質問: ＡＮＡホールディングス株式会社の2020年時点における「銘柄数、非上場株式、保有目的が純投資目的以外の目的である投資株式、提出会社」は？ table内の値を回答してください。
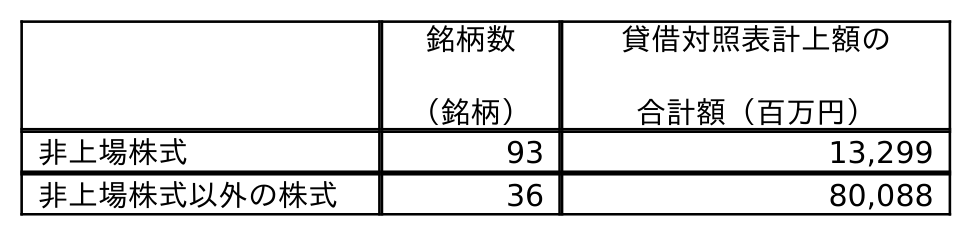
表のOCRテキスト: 銘柄数 （銘柄） 貸借対照表計上額の 合計額（百万円） 非上場株式 93 13,299 非上場株式以外の株式 36 80,088
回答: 93